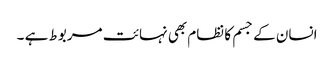
انسان کے جسم کا نظام بھی نہائت مربوط ہے ۔